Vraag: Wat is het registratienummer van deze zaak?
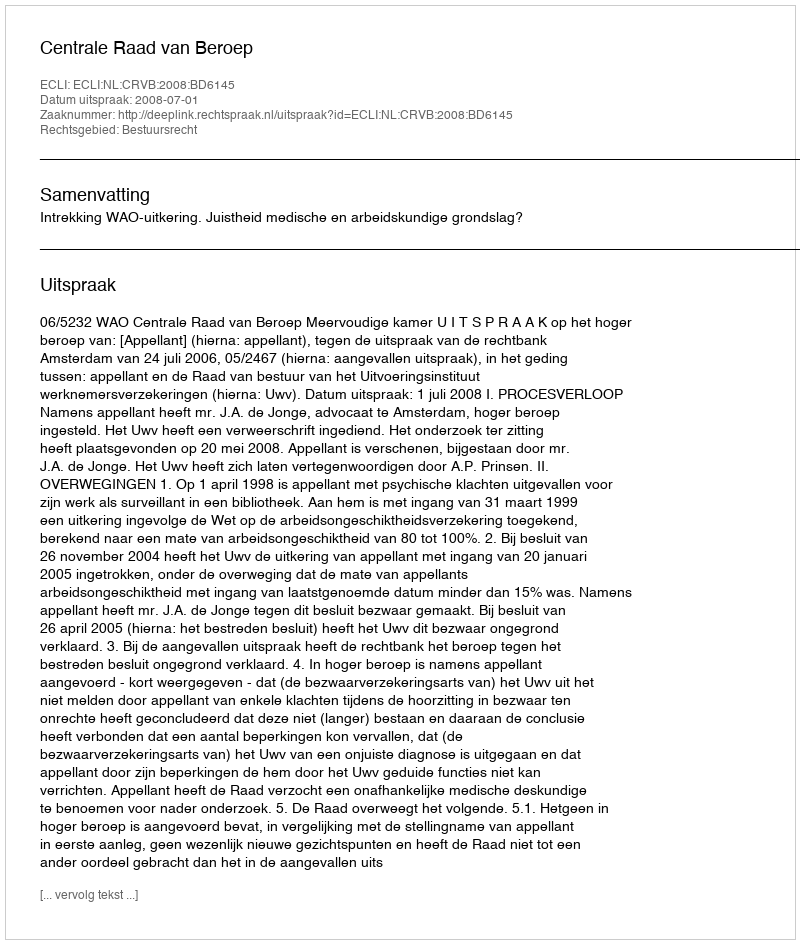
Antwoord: http://deeplink.rechtspraak.nl/uitspraak?id=ECLI:NL:CRVB:2008:BD6145